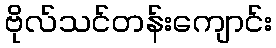
ဗိုလ်သင်တန်းကျောင်း